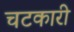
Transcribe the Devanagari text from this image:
चटकारी